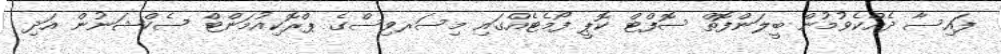
ފައިސާ ދެއްކެވުމުން ބީލަންފޮތް ސޮފްޓް ކޮޕީ ފޯމެޓެއްގައި މިސަރވިސްގެ ޕްރޮކިއުމަންޓް ސެކްޝަނުން އަދި